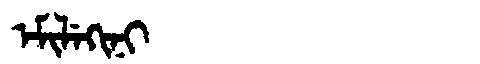
Manchu: ᡝᠮᡳᠯᡝᡴᡳᠨᡳ
Romanization: EMILEKINI